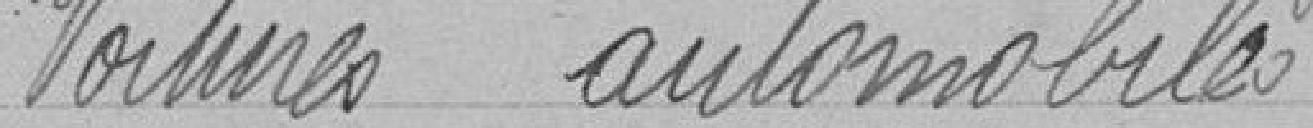
Voitures automobiles